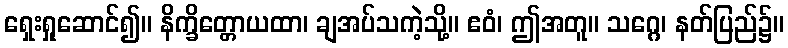
ရှေးရှုဆောင်၍။ နိက္ခိတ္တောယထာ၊ ချအပ်သကဲ့သို့။ ဧဝံ၊ ဤအတူ။ သဂ္ဂေ၊ နတ်ပြည်၌။